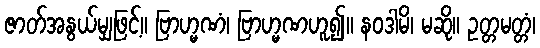
ဇာတ်အနွယ်မျှဖြင့်။ ဗြာဟ္မဏံ၊ ဗြာဟ္မဏဟူ၍။ နဝဒါမိ၊ မဆို။ ဥတ္တမတ္တံ၊